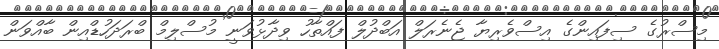
މިސްރުގެ ސިފައިންގެ އިސްވެރިޔާ ޖެނެރަލް އަބްދުލް ފައްތާހު ވިދާޅުވަނީ މުސްލިމް ބްރަދަހުޑްއިން ބާއްވަން